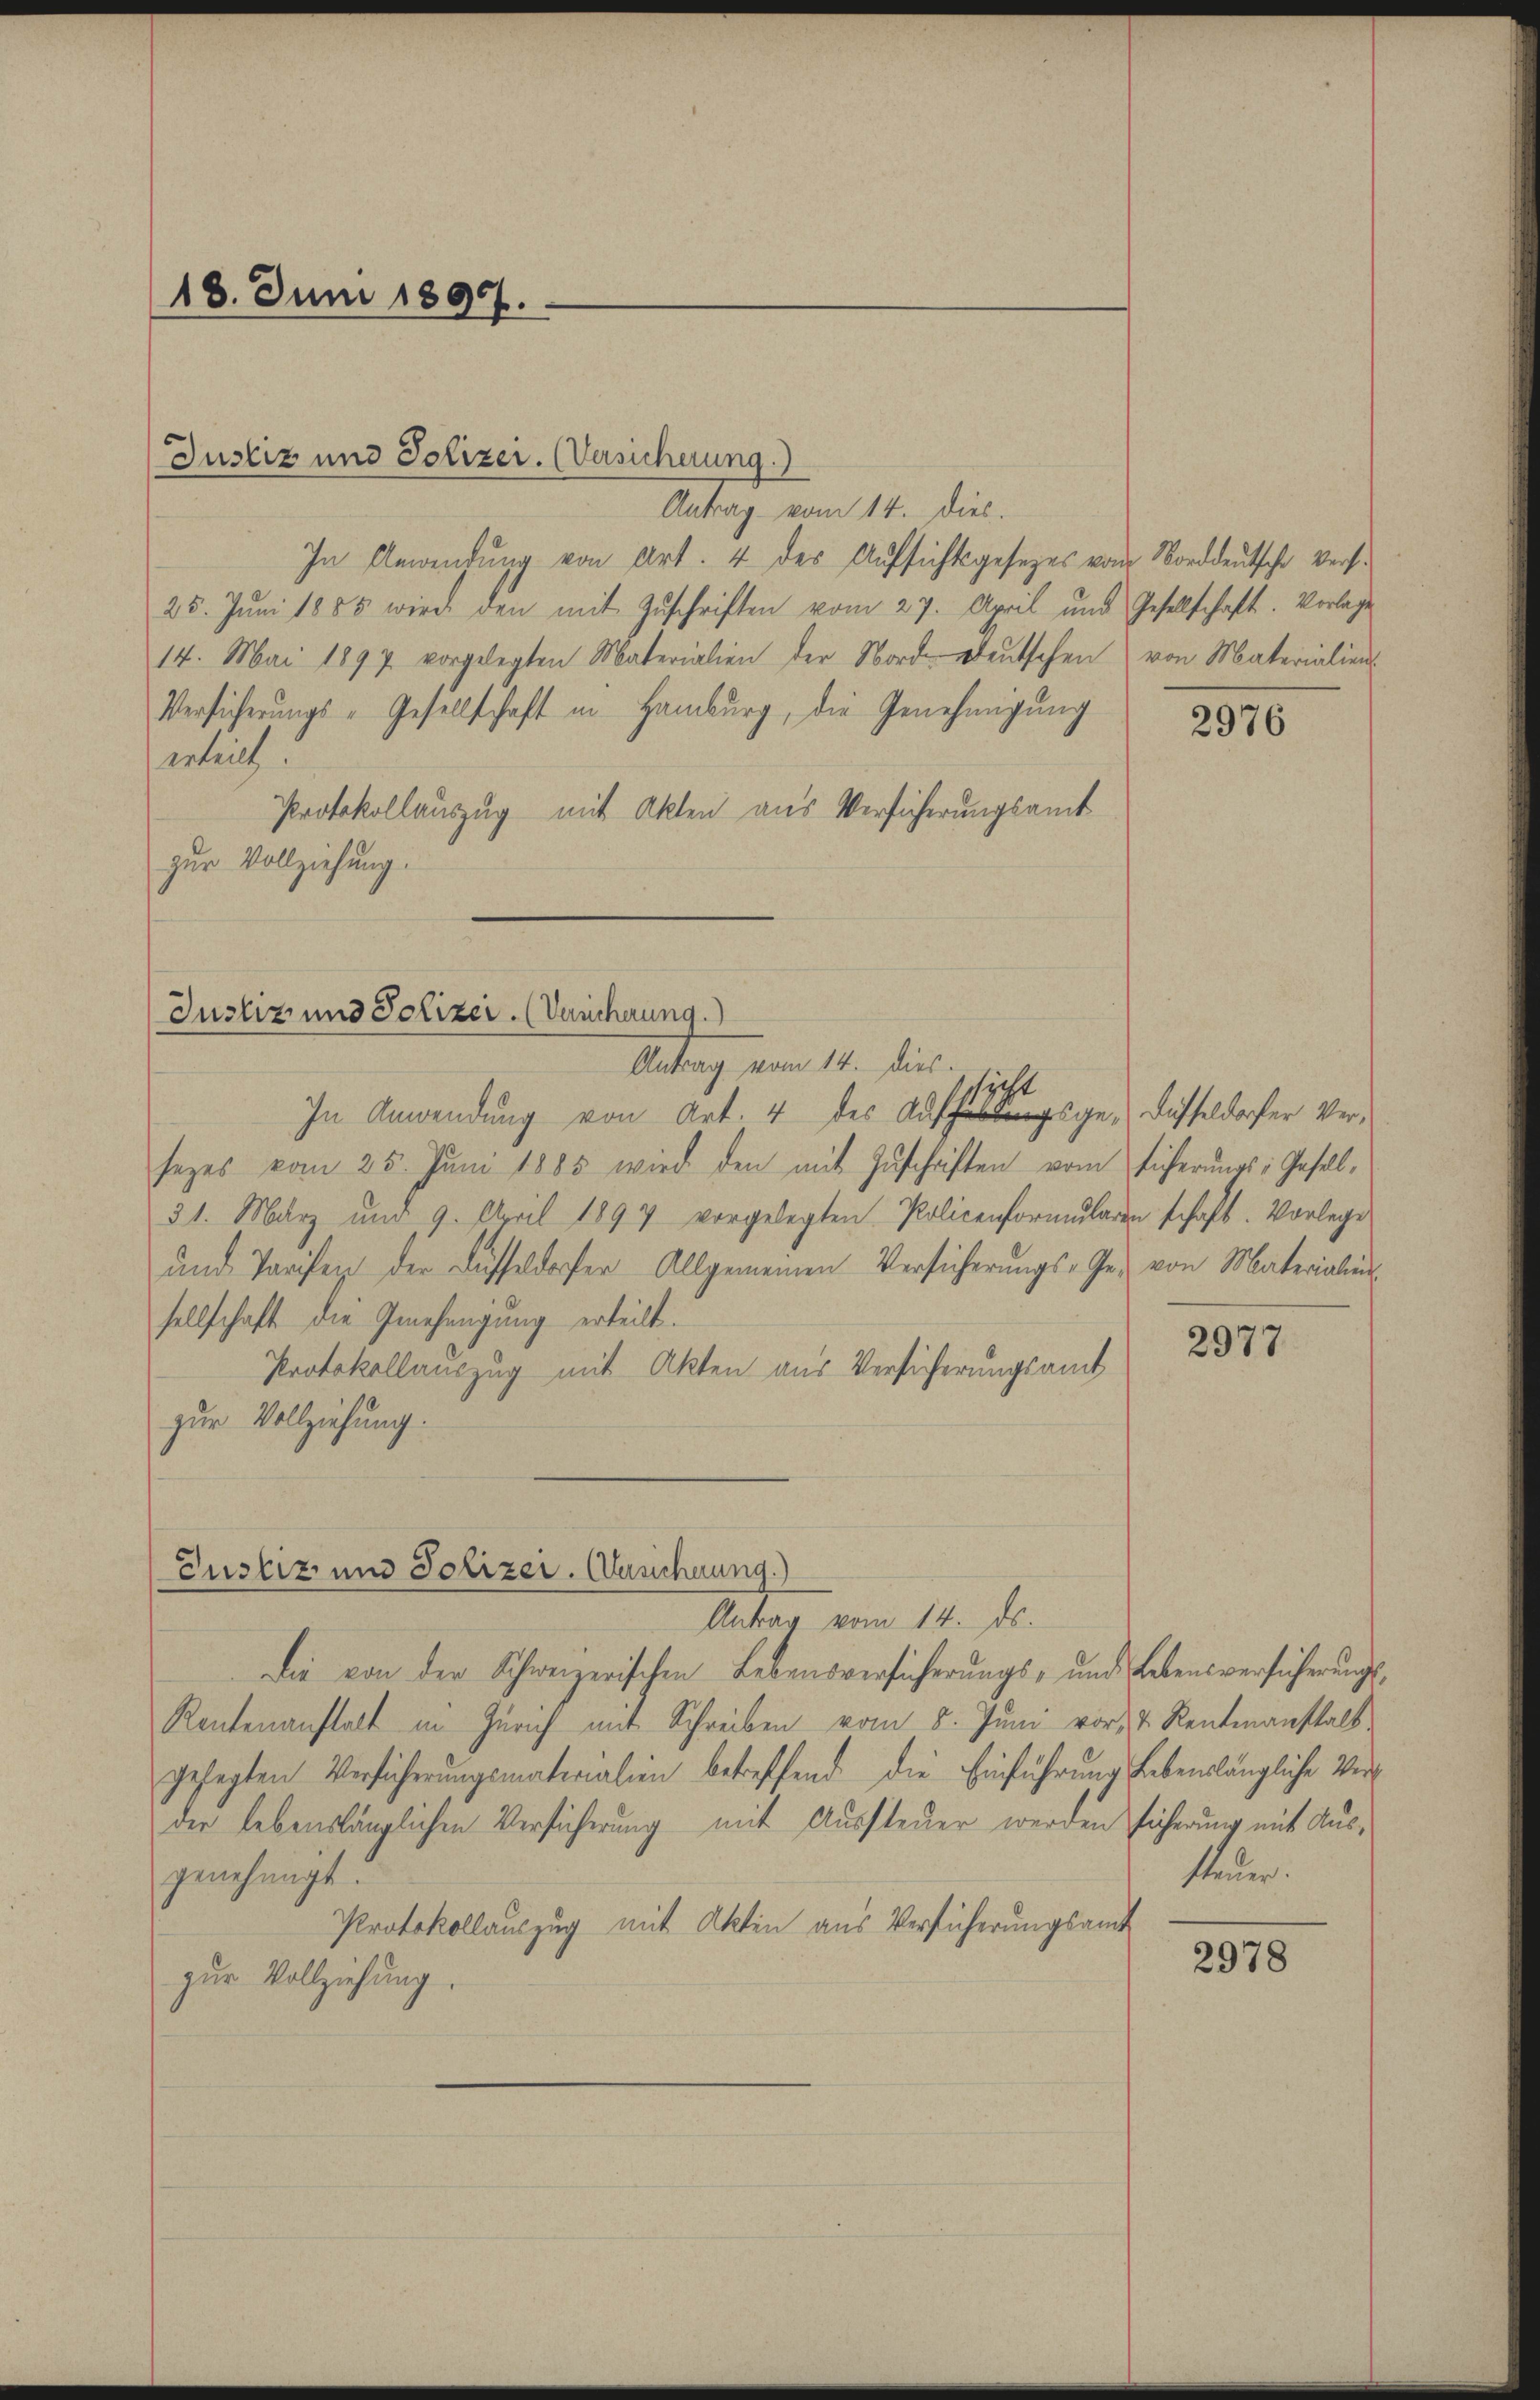
18. Juni 1895.

Justiz und Polizei. (Versicherung.)

Justiz und Polizei. (Veücherung.
Antrag vom 14. dies.
sicht
In Anwendung von Art. 4 des Auge dasseldorfer Ver¬

Antrag vom 14. Dies
In Anwendung von Art. 4 des Aufsichtsgesezes vom Norddeutsche Vers¬
25. Jŭni 1885 wird den mit Zŭschriften vom 27. April und Gesellschaft. Vorlage
14. Mai 1897 vorgelegten Materialien der Norddeutschen von Materialien-
Versicherungs-Gesellschaft in Hamburg, die Genehmigung
ertret
Protokollauszug mit Akten aus Versicherungsamt
zur Vollziehung.

sezes vom 25. Jŭni 1885 wird den mit Zŭschriften vom Eicherŭngs-Gesell-
31. März und 9. April 1897 vorgelegten Policenformŭlaren schaft. Vorlege
ŭnd Tarifen der Füsseldorfer Allgemeinen Versicherŭngs-Ge- von Materialien-
sellschaft die Genehmigung erteilt.
Protokollauszug mit Akten aus Versicherungsamt
zur Vollziehung.
Antrag vom 14. ds.
Die von der Schweizerischen Lebensversicherungs- und Lebensversicherungs¬
Rentenanstalt in Zürich mit Schreiben vom 5. Jŭni vor 4 Rentmanstalt
gesagten Versicherungsmaterialien betreffend die Einführung lebenslängliche Verder lebenslänglichen Versicherung mit Aussteuer werden sicherung mit Ausgenehmigt.
Protokollauszug mit Akten aus Versicherungsamt
zur Vollziehung.

Eustiz und Polizer. (Versicherung.)

2976

2977

steuer.

2978